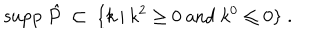
{ \mathrm { s u p p ~ } } \hat { P } \; \subset \; \{ k \: | \: k ^ { 2 } \geq 0 { \mathrm { ~ a n d ~ } } k ^ { 0 } \leq 0 \} \; .